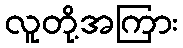
လူတို့အကြား